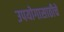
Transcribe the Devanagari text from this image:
उपयोगासाठीचे